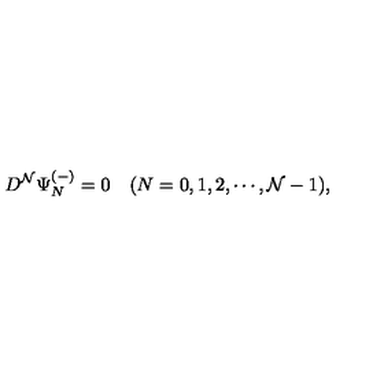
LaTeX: D ^ { \cal N } \Psi _ { N } ^ { ( - ) } = 0 \quad ( N = 0 , 1 , 2 , \cdots , { \cal N } - 1 ) ,